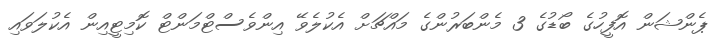
ޕެންޝަން އޮފީހުގެ ބޯޑުގެ 3 މެންބަރުންގެ މައްޗަށް އެކުލެވޭ އިންވެސްޓްމަންޓް ކޮމިޓީއިން އެކުލަވައި